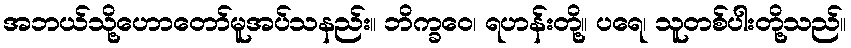
အဘယ်သို့ဟောတော်မူအပ်သနည်း။ ဘိက္ခဝေ၊ ရဟန်းတို့။ ပရေ၊ သူတစ်ပါးတို့သည်။